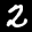
Label: 2